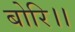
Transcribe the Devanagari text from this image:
बोरि।।